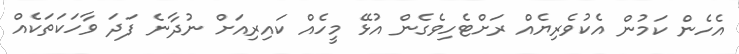
އެހެން ކަމުން އެކުވެރިޔެއް ރަށްޓެހިވެގެން އުޅޭ މީހެއް ކައިރިއަށް ނުދާނެ ފަދަ ވާހަކަތަކެއް